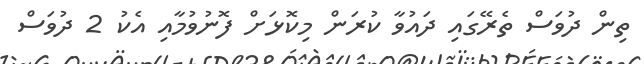
ތިން ދުވަސް ތެރޭގައި ދައުވާ ކުރަން މިކޮޅަށް ފޮނުވުމާއި އެކު 2 ދުވަސް